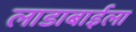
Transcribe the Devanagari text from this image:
लाडाबाईला